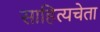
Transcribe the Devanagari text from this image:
साहित्यचेता